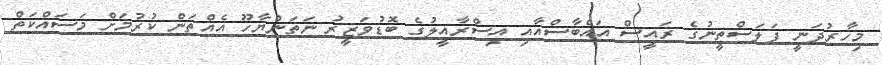
މިހާރުދަނީ ފަލަސްތީނުގެ ރައީސް އައްބާސްއާއި އިސްރާއީލުގެ ބޮޑުވަޒީރު ނަތަންޔާހޫ އެއްތަން ކުރުމަށް މަސައްކަތް